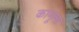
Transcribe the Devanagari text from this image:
कामूला